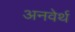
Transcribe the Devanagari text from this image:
अनवेर्थ